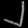
Digit: ၂